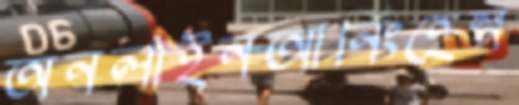
অনলাইনআর্নিংহেল্প